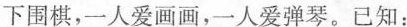
下围棋，一人爱画画，一人爱弹琴。已知：